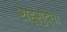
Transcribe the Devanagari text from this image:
राहूसुद्धा